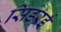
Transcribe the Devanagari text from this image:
सिडरई